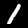
Digit: 1